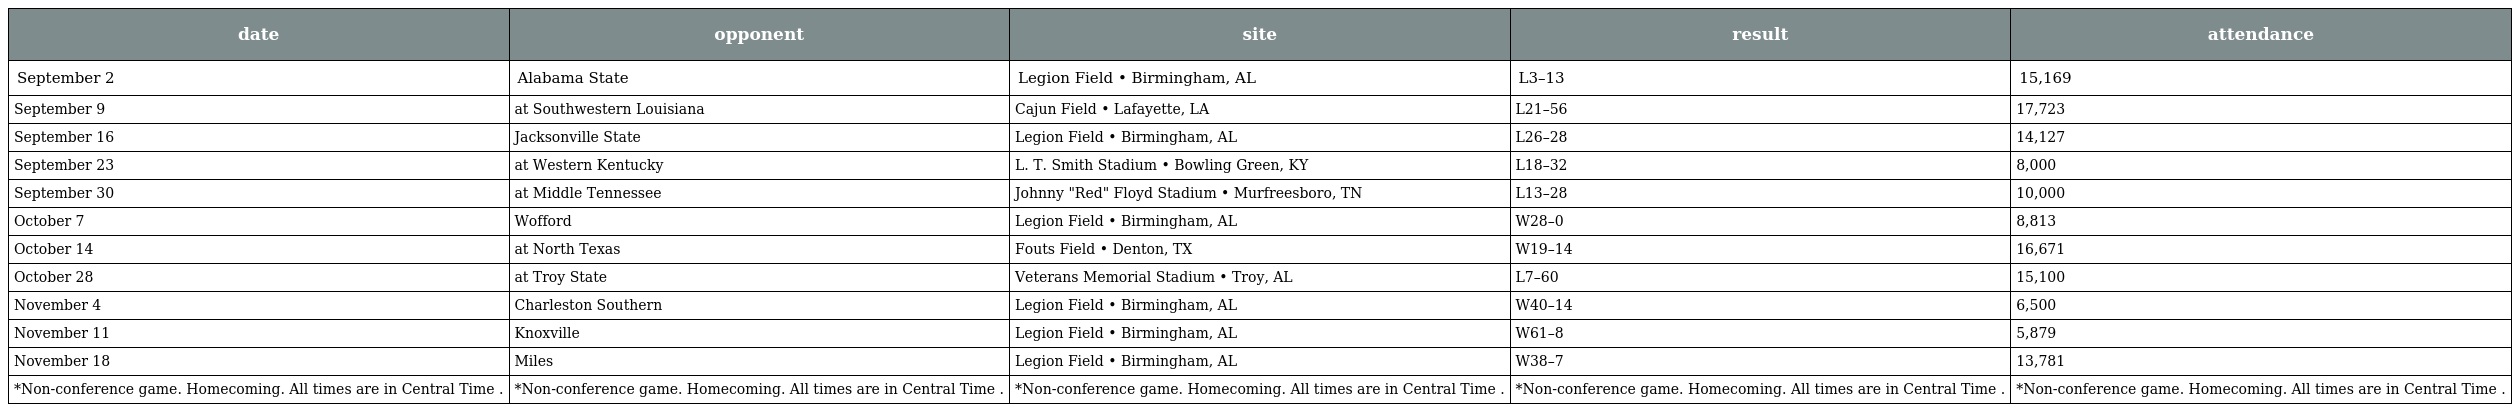
| date | opponent | site | result | attendance |
 | --- | --- | --- | --- | --- |
 | September 2 | Alabama State | Legion Field • Birmingham, AL | L3–13 | 15,169 |
 | September 9 | at Southwestern Louisiana | Cajun Field • Lafayette, LA | L21–56 | 17,723 |
 | September 16 | Jacksonville State | Legion Field • Birmingham, AL | L26–28 | 14,127 |
 | September 23 | at Western Kentucky | L. T. Smith Stadium • Bowling Green, KY | L18–32 | 8,000 |
 | September 30 | at Middle Tennessee | Johnny "Red" Floyd Stadium • Murfreesboro, TN | L13–28 | 10,000 |
 | October 7 | Wofford | Legion Field • Birmingham, AL | W28–0 | 8,813 |
 | October 14 | at North Texas | Fouts Field • Denton, TX | W19–14 | 16,671 |
 | October 28 | at Troy State | Veterans Memorial Stadium • Troy, AL | L7–60 | 15,100 |
 | November 4 | Charleston Southern | Legion Field • Birmingham, AL | W40–14 | 6,500 |
 | November 11 | Knoxville | Legion Field • Birmingham, AL | W61–8 | 5,879 |
 | November 18 | Miles | Legion Field • Birmingham, AL | W38–7 | 13,781 |
 | *Non-conference game. Homecoming. All times are in Central Time . | *Non-conference game. Homecoming. All times are in Central Time . | *Non-conference game. Homecoming. All times are in Central Time . | *Non-conference game. Homecoming. All times are in Central Time . | *Non-conference game. Homecoming. All times are in Central Time . |